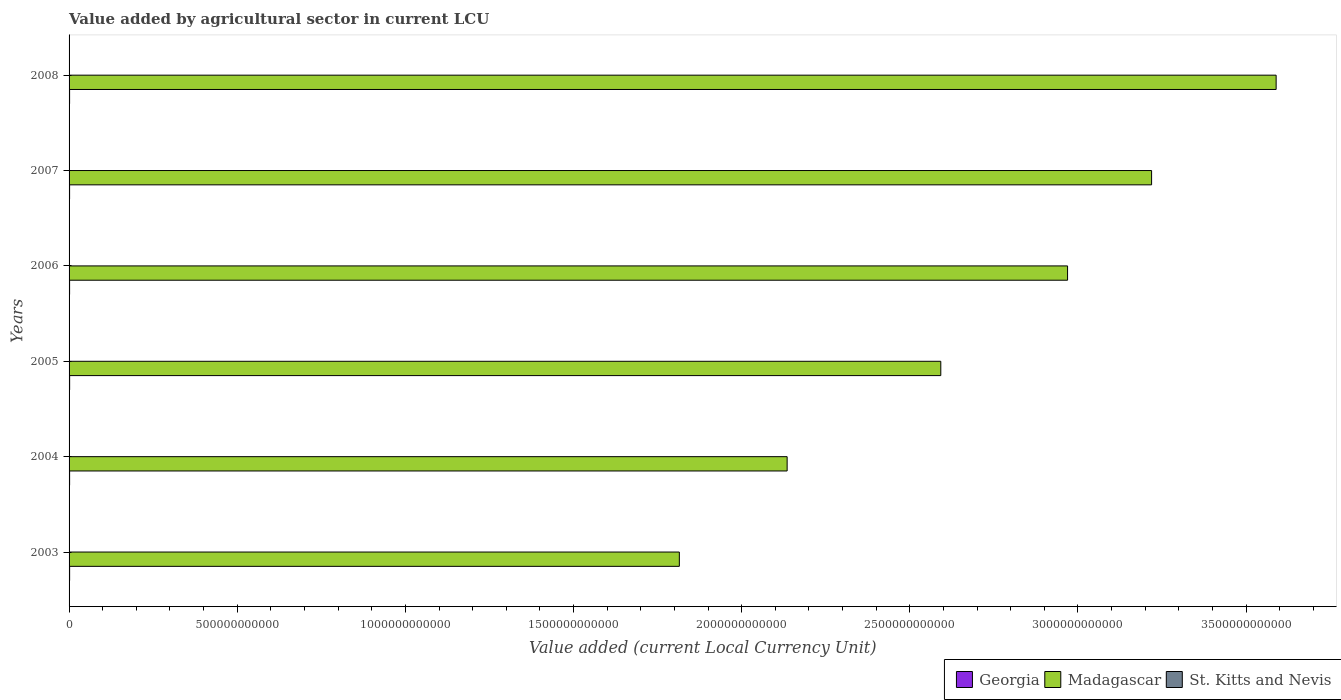
| Years | Georgia | Madagascar | St. Kitts and Nevis |
 | --- | --- | --- | --- |
 | 2003 | 1.65e+09 | 1.81e+12 | 2.26e+07 |
 | 2004 | 1.61e+09 | 2.14e+12 | 2.44e+07 |
 | 2005 | 1.72e+09 | 2.59e+12 | 2.45e+07 |
 | 2006 | 1.54e+09 | 2.97e+12 | 2.07e+07 |
 | 2007 | 1.56e+09 | 3.22e+12 | 2.15e+07 |
 | 2008 | 1.55e+09 | 3.59e+12 | 2.57e+07 |